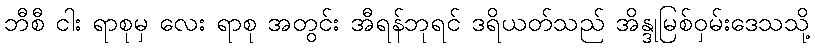
ဘီစီ ငါး ရာစုမှ လေး ရာစု အတွင်း အီရန်ဘုရင် ဒရိယတ်သည် အိန္ဒုမြစ်ဝှမ်းဒေသသို့